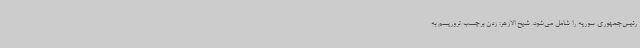
رئیس‌جمهوری سوریه را شامل می‌شود. شیخ الازهر: زدن برچسب تروریسم به